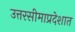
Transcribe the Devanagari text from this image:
उत्तरसीमाप्रदेशात